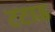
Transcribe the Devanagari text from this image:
टटाऊ